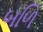
બળિ